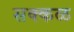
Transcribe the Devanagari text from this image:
सक्‍कळ